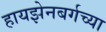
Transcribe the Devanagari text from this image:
हायझेनबर्गच्या